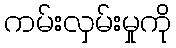
ကမ်းလှမ်းမှုကို